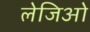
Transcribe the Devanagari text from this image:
लेजिओ